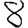
Digit: 8